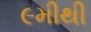
૯મીથી